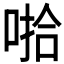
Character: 𰈄